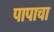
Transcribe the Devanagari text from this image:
पापाचा